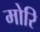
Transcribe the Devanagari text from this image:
मोरि